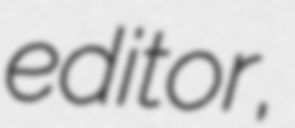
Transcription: editor,